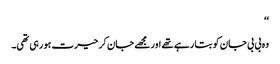
‘‘
وہ بی بی جان کو بتا رہے تھے اور مجھے جان کر حیرت ہو رہی تھی۔